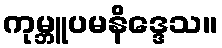
ကုမ္ဘူပမနိဒ္ဒေသ။